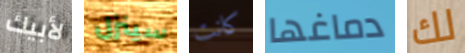
لأبيك سينزل كانت دماغها لك